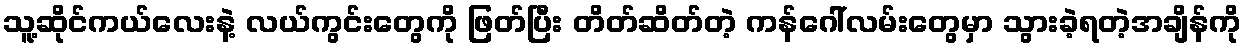
သူ့ဆိုင်ကယ်လေးနဲ့ လယ်ကွင်းတွေကို ဖြတ်ပြီး တိတ်ဆိတ်တဲ့ ကန်ဂေါ်လမ်းတွေမှာ သွားခဲ့ရတဲ့အချိန်ကို